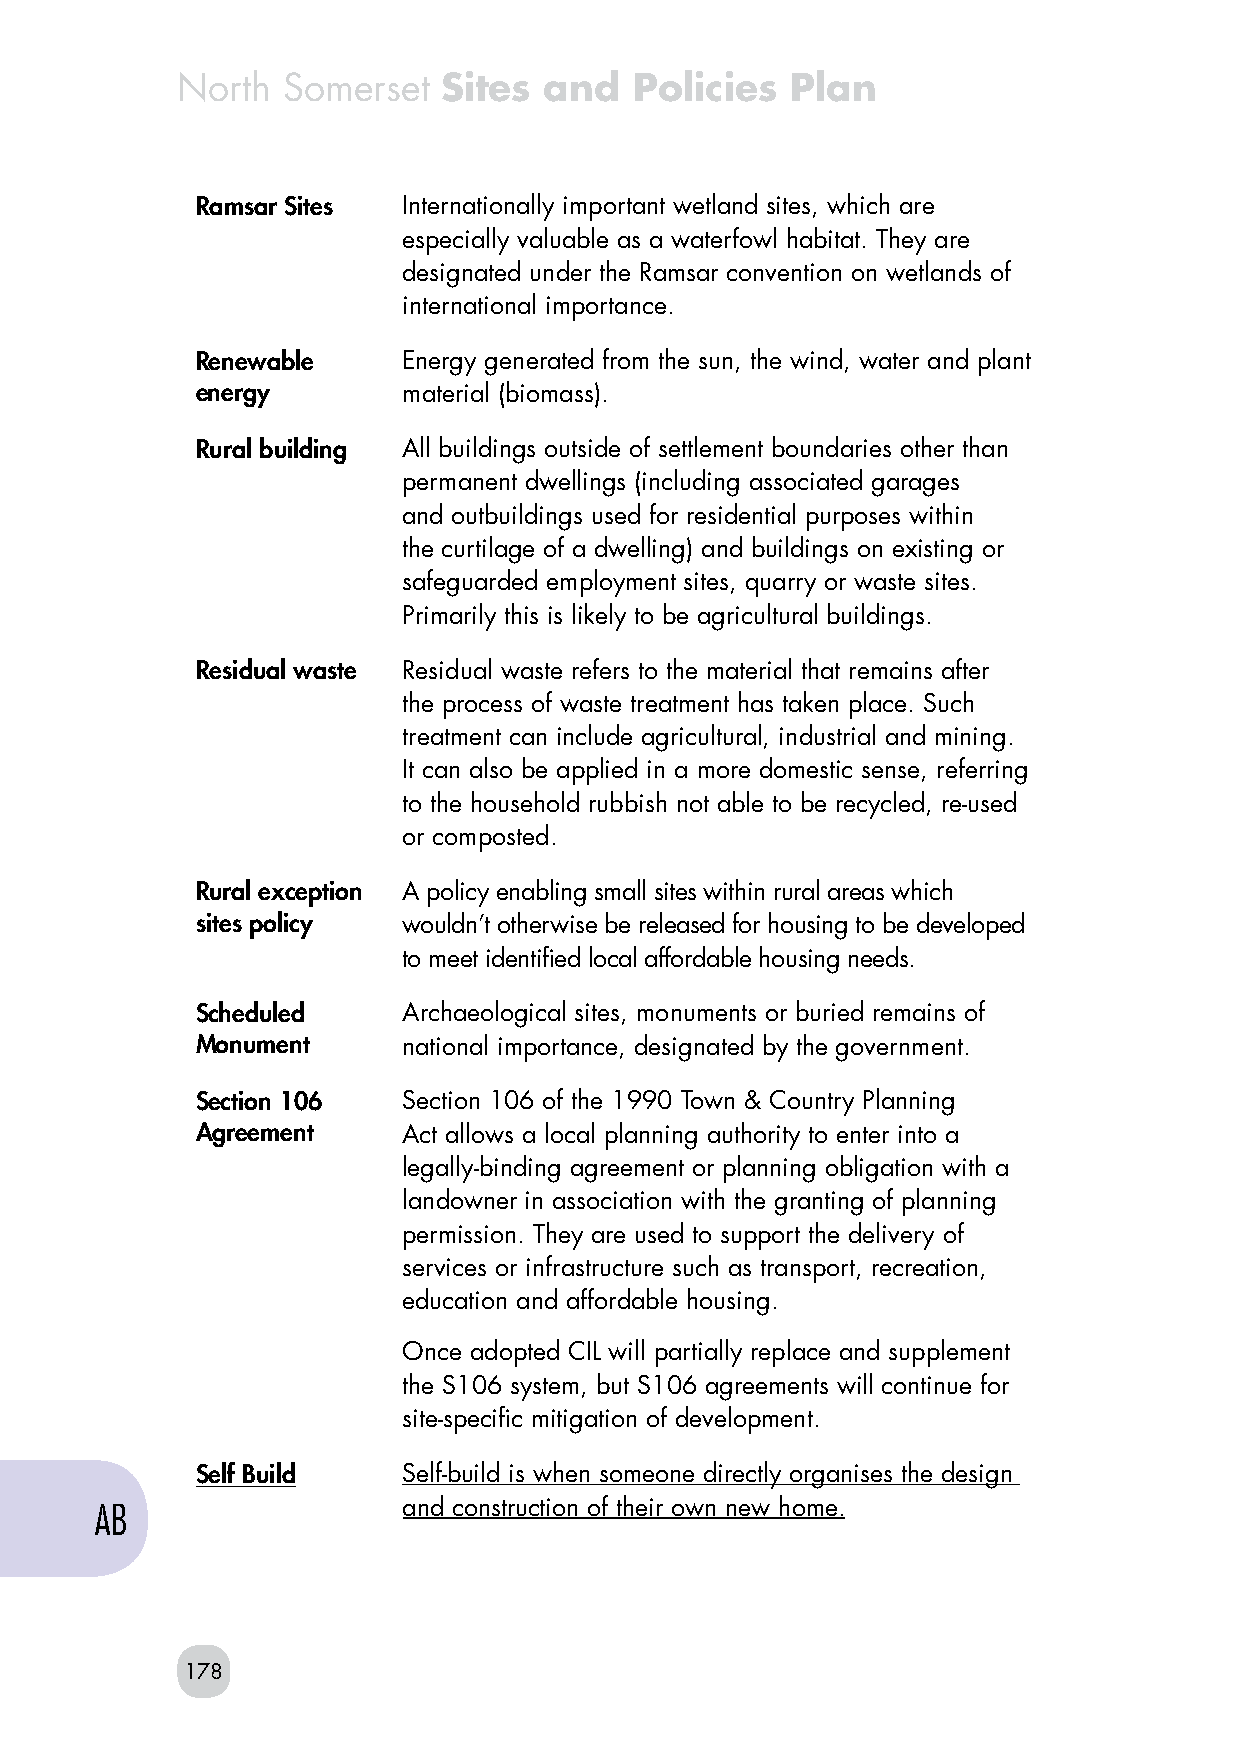
North  Somerset  Sites  and   Policies  Plan
 Ramsar Sites  Internationally important wetland sites, which are
 especially valuable as a waterfowl habitat. They are
 designated under the Ramsar convention on wetlands of
 international importance.
 Renewable     Energy generated from the sun, the wind, water and plant
 energy        material (biomass).
 Rural building All buildings outside of settlement boundaries other than
 permanent dwellings (including associated garages
 and outbuildings used for residential purposes within
 the curtilage of a dwelling) and buildings on existing or
 safeguarded employment sites, quarry or waste sites.
 Primarily this is likely to be agricultural buildings.
 Residual waste Residual waste refers to the material that remains after
 the process of waste treatment has taken place. Such
 treatment can include agricultural, industrial and mining.
 It can also be applied in a more domestic sense, referring
 to the household rubbish not able to be recycled, re-used
 or composted.
 Rural exception A policy enabling small sites within rural areas which
 sites policy  wouldn’t otherwise be released for housing to be developed
 to meet identified local affordable housing needs.
 Scheduled     Archaeological sites, monuments or buried remains of
 Monument      national importance, designated by the government.
 Section 106   Section 106 of the 1990 Town & Country Planning
 Agreement     Act allows a local planning authority to enter into a
 legally-binding agreement or planning obligation with a
 landowner in association with the granting of planning
 permission. They are used to support the delivery of
 services or infrastructure such as transport, recreation,
 education and affordable housing.
 Once adopted CIL will partially replace and supplement
 the S106 system, but S106 agreements will continue for
 site-specific mitigation of development.
 Self Build    Self-build is when someone directly organises the design
 AB                   and construction of their own new home.
 178